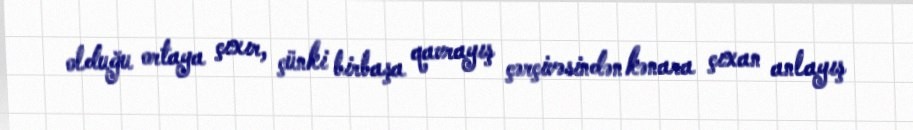
olduğu ortaya çıxır, çünki birbaşa qavrayış çərçivəsindən kənara çıxan anlayış